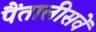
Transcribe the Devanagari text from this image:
पैंतालीसवें